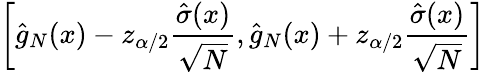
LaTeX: \left[{\hat{g}}_{N}(x)-z_{\alpha/2}{\frac{{\hat{\sigma}}(x)}{\sqrt{N}}},{\hat{g}}_{N}(x)+z_{\alpha/2}{\frac{{\hat{\sigma}}(x)}{\sqrt{N}}}\right]